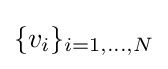
\{v_{i}\}_{i=1,\ldots ,N}